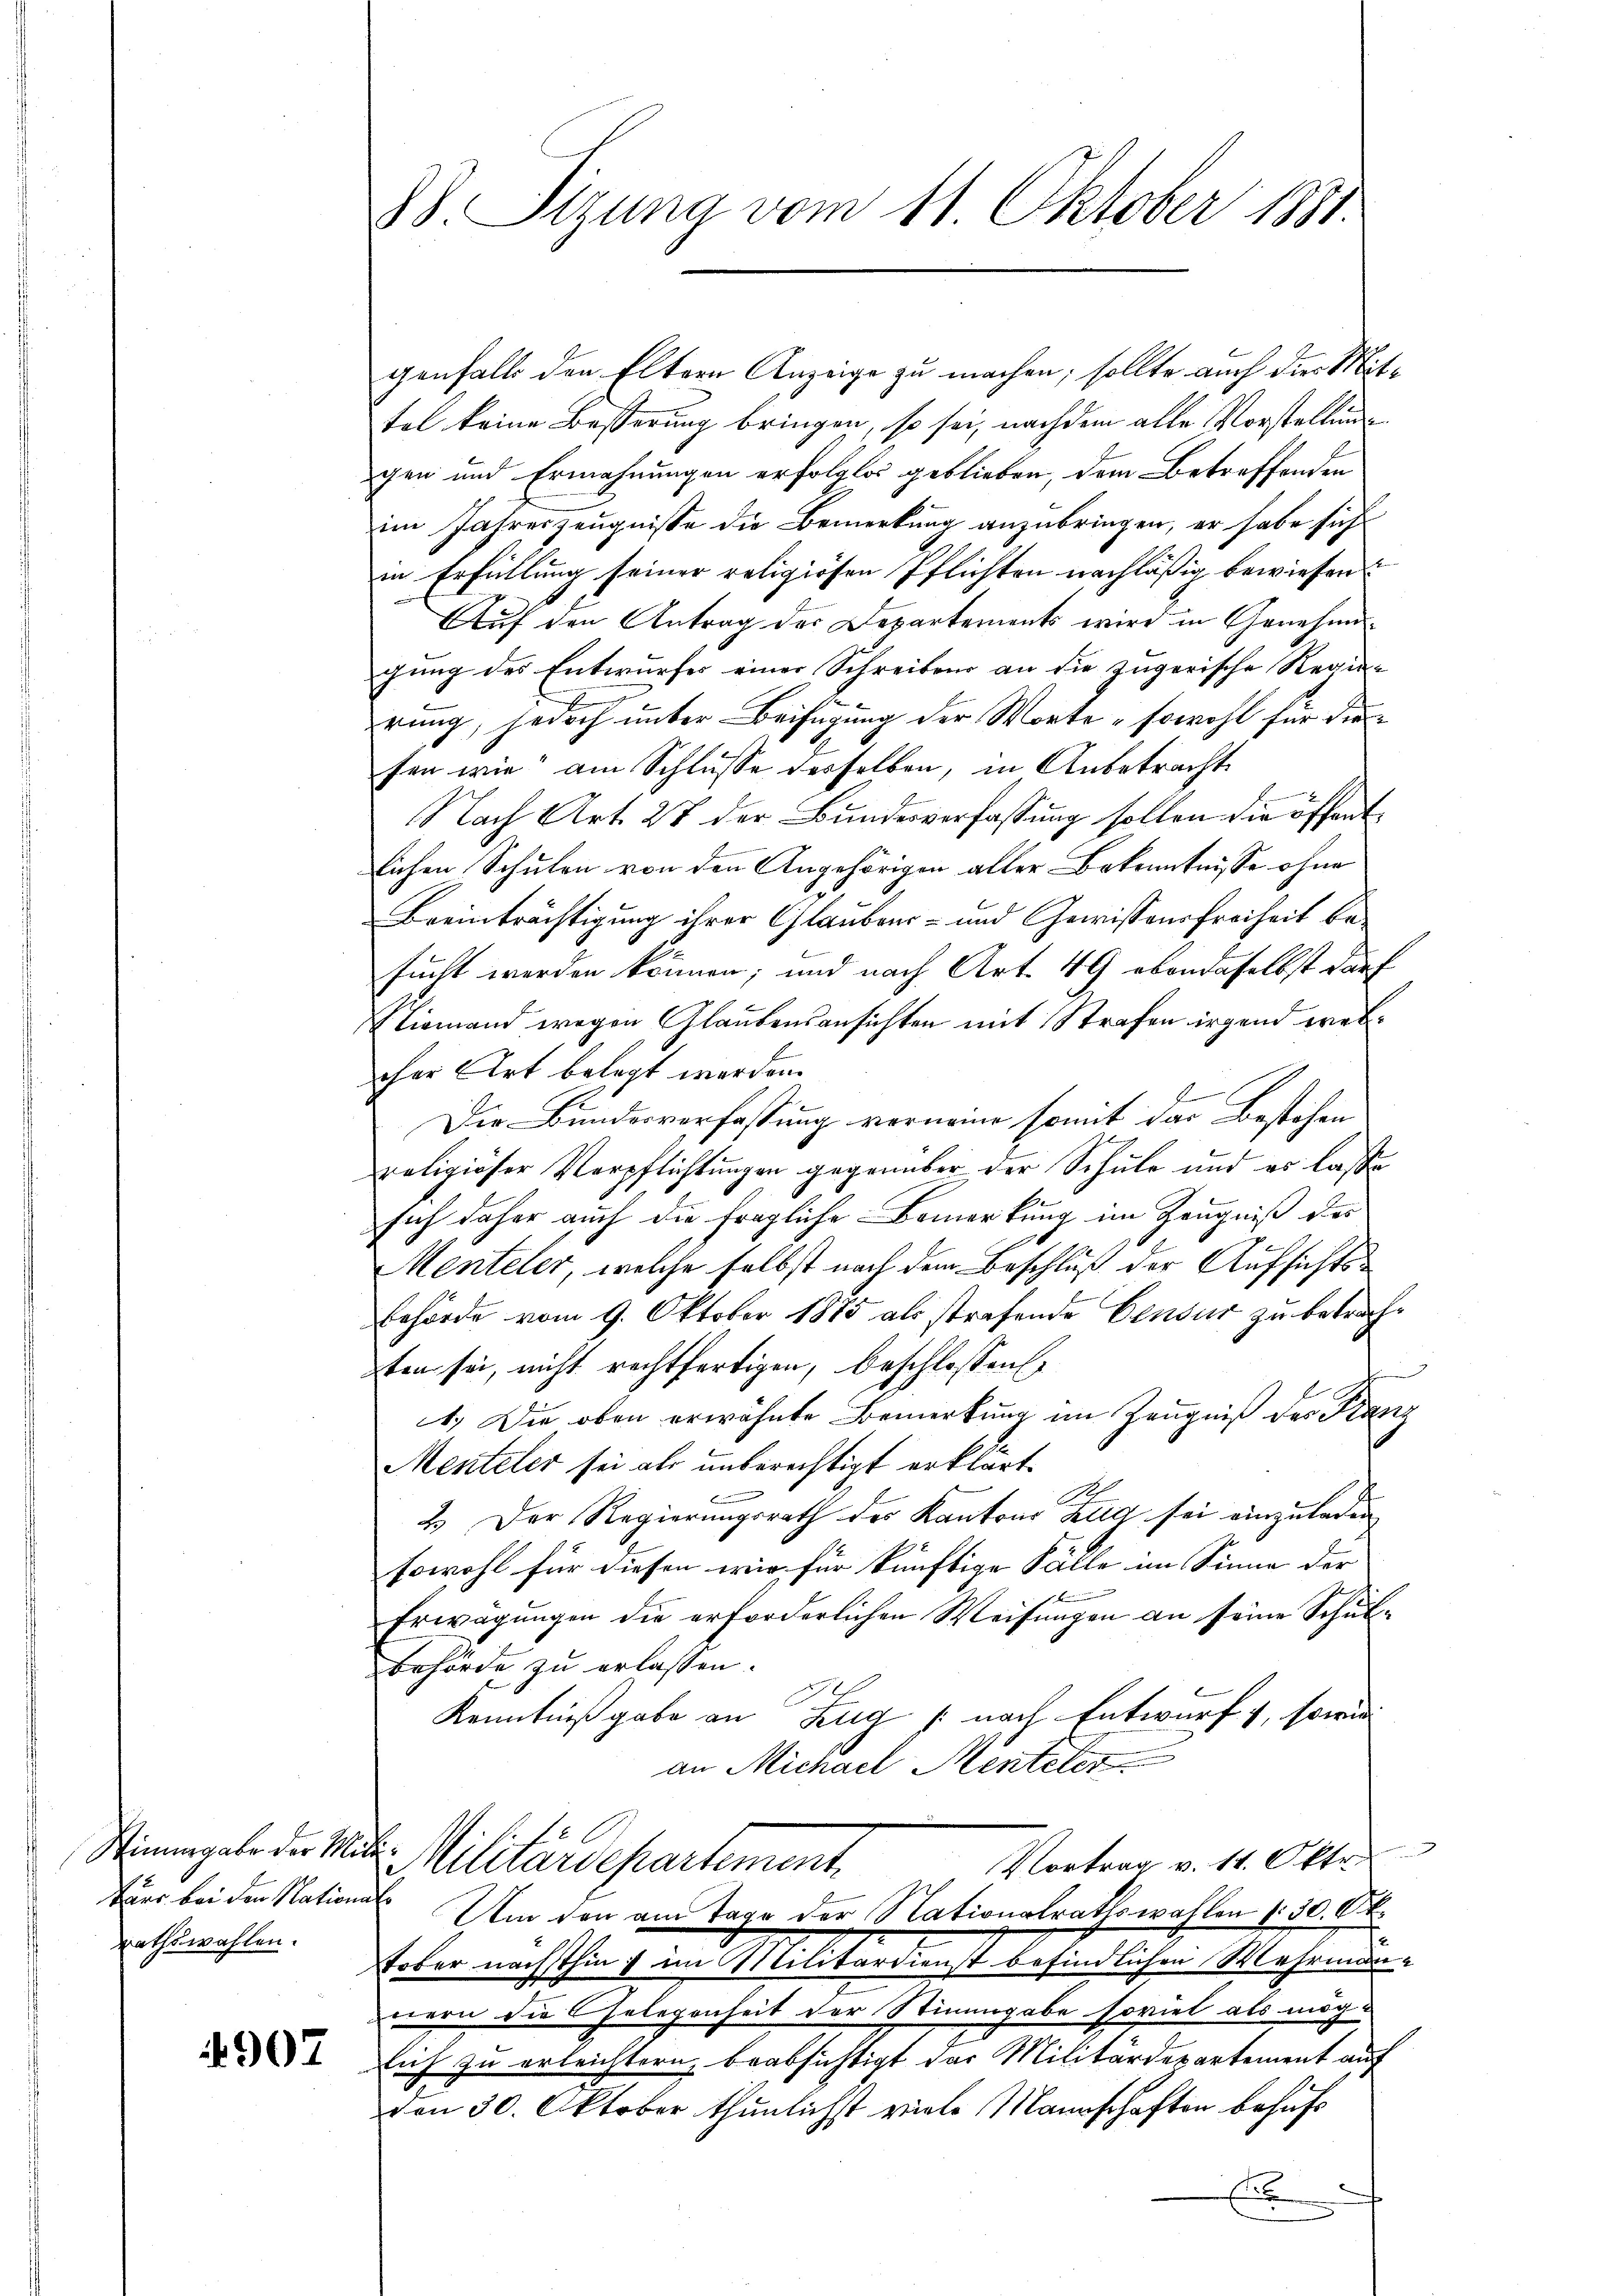
tärs bei den Nationale
rathswahlen.

4907

88 Sizung vom 11. Oktober 1881.

genfalls den Eltern Anzeige zu machen; sollte auch die Mittel keine Besserung bringen, so sei, nachdem alle Vorstellung
gen und Ermahnungen erfolglos geblieben, dem Betreffenden
im Jahreszeugnisse die Bemerkung anzubringen, er habe sich
in Erfüllung seiner religiösen Pflichten nachläßig bewiesen
Auf den Antrag der Departements wird in Genehmigung des Entwurfes einer Schreiben an die zugerische Regierung, jedoch unter Beifügung der Worte sowohl für die
fen wie am Schlusse desselben, in Anbetracht
Nach Art. 27 der Bundesverfassung sollen die öffentlichen Schulen von den Angehörigen aller Bekenntnisse ohne
Beeinträchtigung ihrer Glaubens- und Gewissensfreiheit besucht werden können; und nach Art. 49 ebendaselbst darf
Niemand wegen Glaubensansichten mit Strafen irgend welcher Art belegt werden.
d
Die Bundesverfassung vorneine somit das Bestehen
religiöser Verpflichtungen gegenüber der Schule und es lasse
sich daher auch die fragliche Bemerkung im Zeugniß des
Menteler, welche selbst nach dem Beschluß der Aufsichts¬
Behörde vom 9. Oktober 1885 als strafende Censur zu betrachten sei, nicht rechtfertigen, beschlossen,
1.) Die oben erwähnte Bemerkung im Zeugniß des Franz
Menteler sei als unberechtigt erklärt.
2.) Der Regierungsrath des Kantons Zug sei einzuladen
sowohl für diesen wir für künftige Fälle im Sinne der

Erwägungen die erforderlichen Weisungen an seine Schul¬
Behörde zu erlassen.
Kenntnißgabe an Zug (nach Entwurf, sowie
an Michael Menteler
Singel der Mit Militärdepartement Montrag v. 11. Okto
Um den am Tage der Nationalrathswahlen 30. Okt.
toter nächsthin im Militärdienst befindlichen Mehrman-
nern die Gelegenheit der Stimmgabe soviel als mög-
lich zu erleichtern, beabsichtigt das Militärdepartement auf
den 30. Oktober thunlichst viele Mannschaften behufs
x